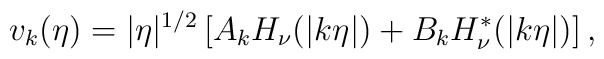
v_k(\eta)=|\eta|^{1/2}\left[A_k H_\nu(|k \eta|)  +B_k H^*_\nu(|k\eta|)\right],